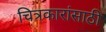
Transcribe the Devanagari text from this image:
चित्रकारांसाठी